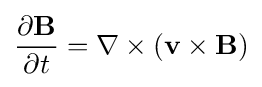
{\frac {\partial \mathbf {B} }{\partial t}}=\nabla \times \left(\mathbf {v} \times \mathbf {B} \right)